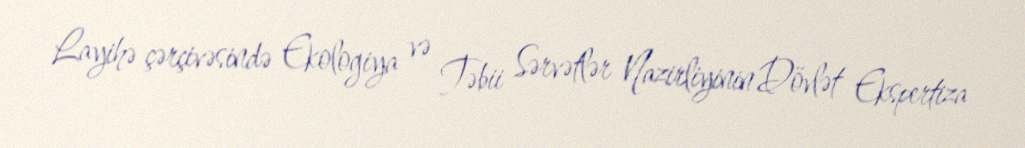
Layihə çərçivəsində Ekologiya və Təbii Sərvətlər Nazirliyinin Dövlət Ekspertiza